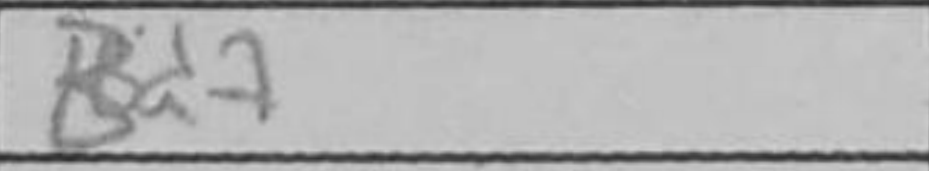
Transcription: Bd7